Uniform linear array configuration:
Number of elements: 24
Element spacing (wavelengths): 0.5
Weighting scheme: hann
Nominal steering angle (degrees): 60
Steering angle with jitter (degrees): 61.756
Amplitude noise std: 0.05
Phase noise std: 0.05

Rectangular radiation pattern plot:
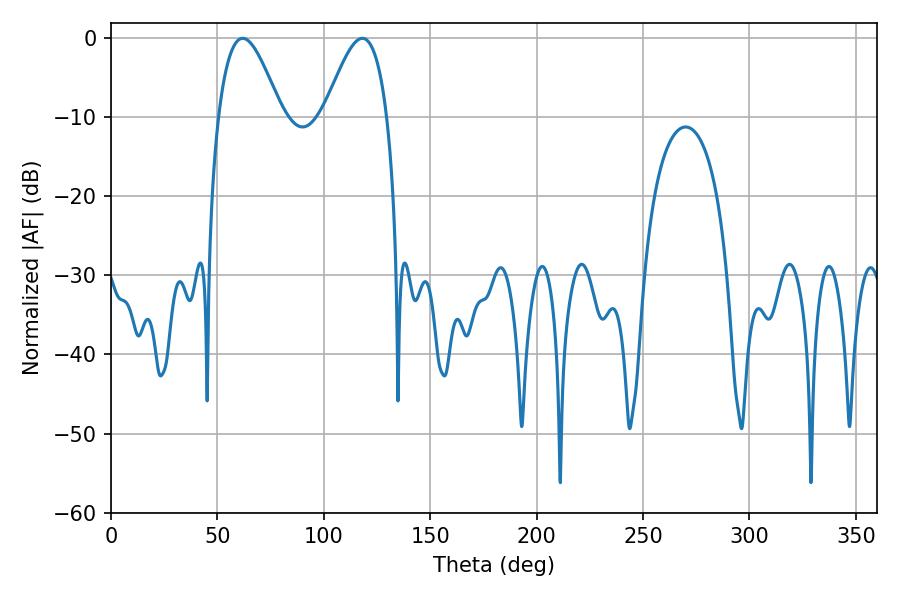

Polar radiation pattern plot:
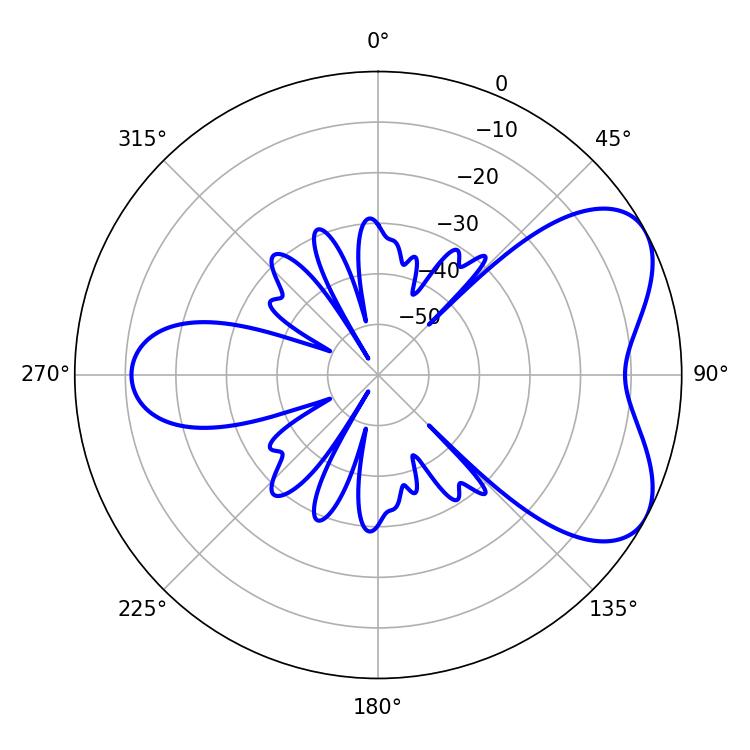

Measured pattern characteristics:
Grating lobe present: FALSE
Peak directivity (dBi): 5.723
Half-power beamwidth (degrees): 15.84
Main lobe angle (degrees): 61.92